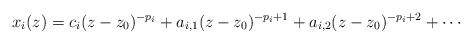
LaTeX: \begin{align*}x_i(z) = c_i(z-z_0)^{-p_i} + a_{i,1}(z-z_0)^{-p_i+1}+ a_{i,2}(z-z_0)^{-p_i+2} + \cdots \end{align*}